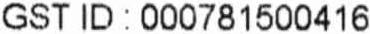
GST ID : 000781500416